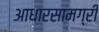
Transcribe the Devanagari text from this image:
आधारसामग्री